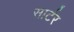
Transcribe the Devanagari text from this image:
सार्टर